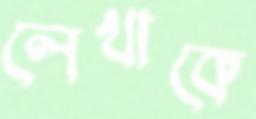
লেখাকে